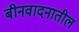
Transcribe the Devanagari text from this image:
बीनवादनातील